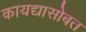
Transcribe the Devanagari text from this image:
कायद्यासोबत